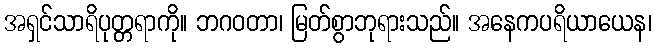
အရှင်သာရိပုတ္တရာကို။ ဘဂဝတာ၊ မြတ်စွာဘုရားသည်။ အနေကပရိယာယေန၊